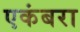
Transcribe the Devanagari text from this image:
एकंबरा